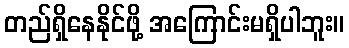
တည်ရှိနေနိုင်ဖို့ အကြောင်းမရှိပါဘူး။